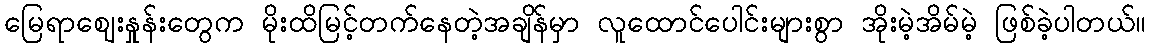
မြေရာဈေးနှုန်းတွေက မိုးထိမြင့်တက်နေတဲ့အချိန်မှာ လူထောင်ပေါင်းများစွာ အိုးမဲ့အိမ်မဲ့ ဖြစ်ခဲ့ပါတယ်။